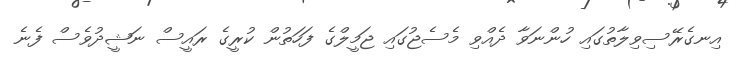
އިނގެރޭސިވިލާތުގައި ހުންނަވާ ދެއްވި މެސެޖުގައި ޖަމީލްގެ ފަހަތުން ކުރީގެ ރައީސް ނަޝީދުވެސް ފެނެ